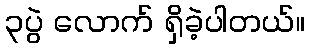
၃ပွဲ လောက် ရှိခဲ့ပါတယ်။